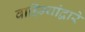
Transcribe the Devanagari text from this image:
वाहिन्यांद्वारे